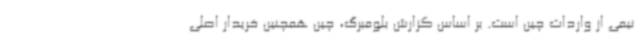
نیمی از واردات چین است. بر اساس گزارش بلومبرگ، چین همچنین خریدار اصلی